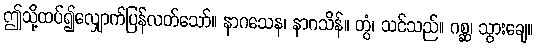
ဤသို့ထပ်၍လျှောက်ပြန်လတ်သော်။ နာဂသေန၊ နာဂသိန်။ တွံ၊ သင်သည်။ ဂစ္ဆ၊ သွားချေ။